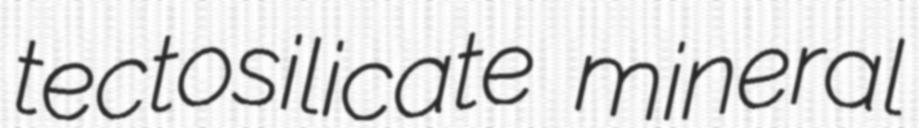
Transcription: tectosilicate mineral